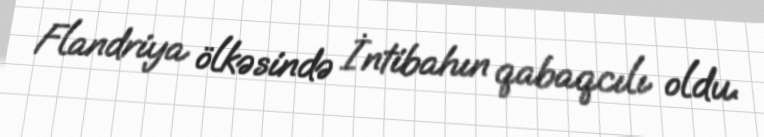
Flandriya ölkəsində İntibahın qabaqcılı oldu.